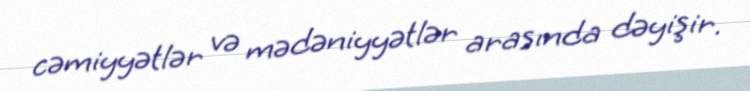
cəmiyyətlər və mədəniyyətlər arasında dəyişir.